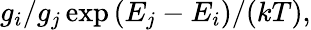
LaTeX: g_{i}/g_{j}\exp{(E_{j}-E_{i})/(kT)},